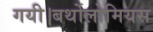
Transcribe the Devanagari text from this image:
गयी।बर्थोलोमियस